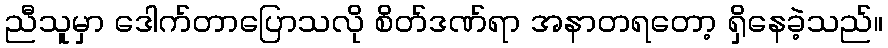
ညီသူမှာ ဒေါက်တာပြောသလို စိတ်ဒဏ်ရာ အနာတရတော့ ရှိနေခဲ့သည်။